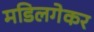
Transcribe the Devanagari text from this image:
मडिलगेकर